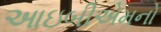
આઇબીએમનો